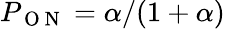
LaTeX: P_{\mathrm{~O~N~}}=\alpha/(1+\alpha)